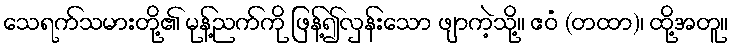
သေရက်သမားတို့၏ မုန့်ညက်ကို ဖြန့်၍လှန်းသော ဖျာကဲ့သို့။ ဧဝံ (တထာ)၊ ထို့အတူ။